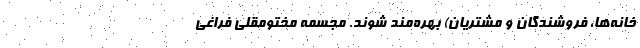
خانه‌ها، فروشندگان و مشتریان) بهره‌مند شوند. مجسمه مختومقلی فراغی